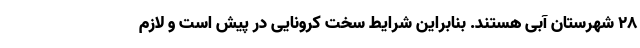
۲۸ شهرستان آبی هستند. بنابراین شرایط سخت کرونایی در پیش است و لازم